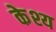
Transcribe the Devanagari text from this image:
केश्य